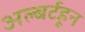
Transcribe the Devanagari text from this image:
अल्बर्टहून